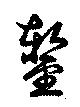
鏨